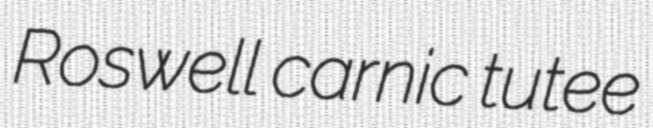
Roswell carnic tutee